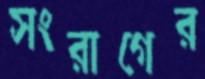
সংরাগের